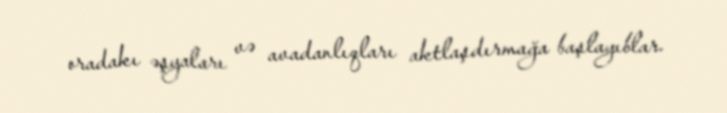
oradakı əşyaları və avadanlıqları aktlaşdırmağa başlayıblar.